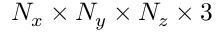
N _ { x } \times N _ { y } \times N _ { z } \times 3